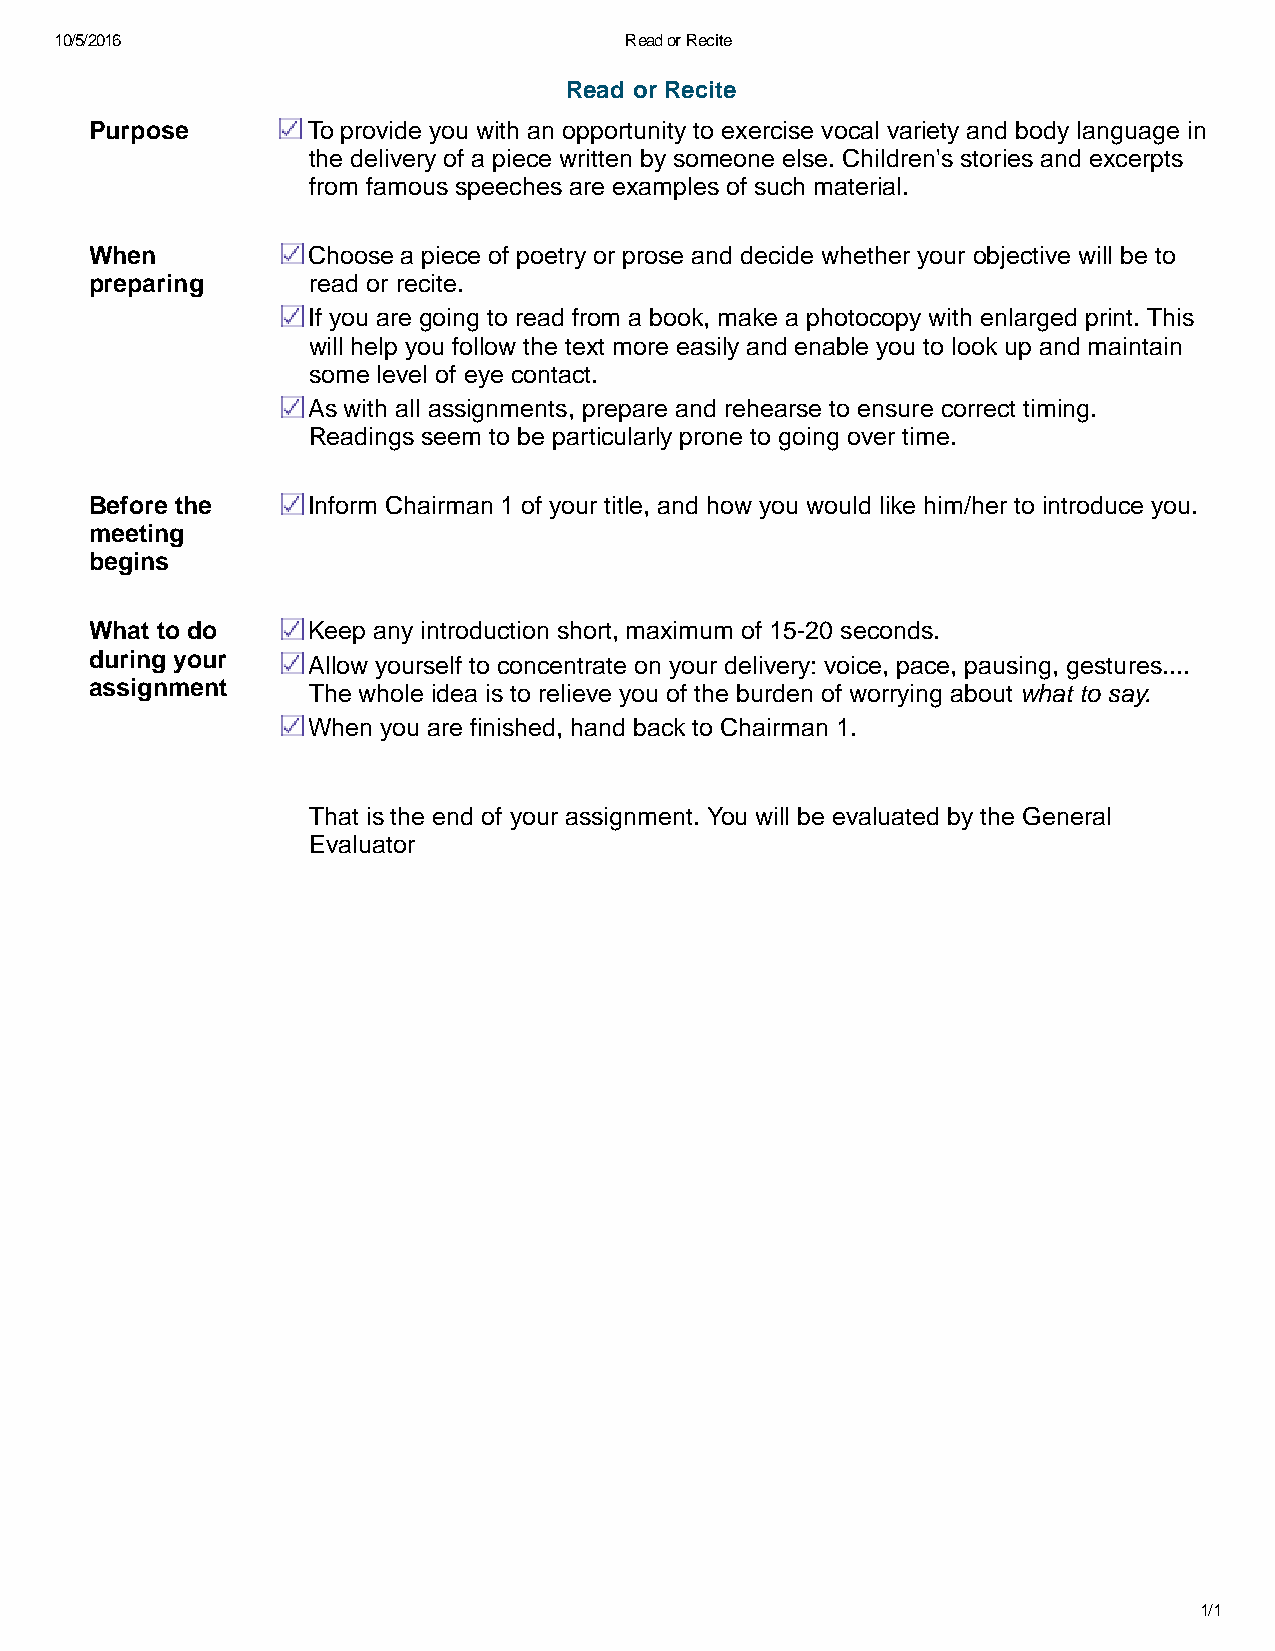
10/5/2016                            Read or Recite
 Read or Recite
 Purpose       To provide you with an opportunity to exercise vocal variety and body language in
 the delivery of a piece written by someone else. Children's stories and excerpts
 from famous speeches are examples of such material.
 When          Choose a piece of poetry or prose and decide whether your objective will be to
 preparing     read or recite.
 If you are going to read from a book, make a photocopy with enlarged print. This
 will help you follow the text more easily and enable you to look up and maintain
 some level of eye contact.
 As with all assignments, prepare and rehearse to ensure correct timing.
 Readings seem to be particularly prone to going over time.
 Before the    Inform Chairman 1 of your title, and how you would like him/her to introduce you.
 meeting
 begins
 What to do    Keep any introduction short, maximum of 15 20 seconds.
 during your   Allow yourself to concentrate on your delivery: voice, pace, pausing, gestures....
 assignment    The whole idea is to relieve you of the burden of worrying about what to say.
 When you are finished, hand back to Chairman 1.
 That is the end of your assignment. You will be evaluated by the General
 Evaluator
 1/1